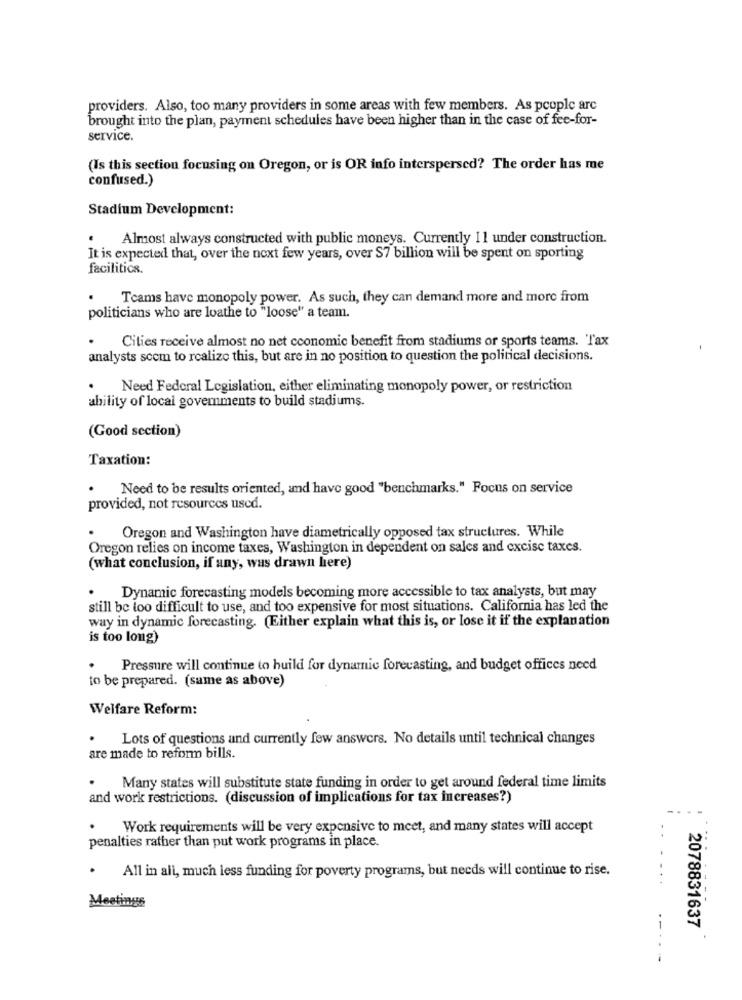
providers. Also, too many providers in some areas with few members. As people arc
brought into the plan, payment schedules have been higher than in the case of fee-for-
service.
(Is this section focusing on Oregon, or is OR info interspersed? The order has me
confused.)
Stadium Development:
.
Almost always constructed with public moneys. Currently 11 under construction.
It is expected that, over the next few years, over S7 billion will be spent on sporting
facilitios.
Teams have monopoly power. As such, they can demand more and more from
politicians who are loathe to "loose" a team.
Cities receive almost no net cconomic benefit from stadiums or sports teams. Tax
analysts scom to realize this, but are in no position to question the political decisions.
Need Federal Legislation, either eliminating monopoly power, or restriction
ability of local governments to build stadiums.
(Good section)
Taxation:
Need to be results oriented, and have good "benchmarks." Focus on service
provided, not resources used.
Oregon and Washington have diametrically opposed tax structures. While
Oregon relies on income taxes, Washington in dependent on sales and excise taxes.
(what conclusion, if any, was drawn here)
Dynamic forecasting models becoming more accessible to tax analysts, but may
still be too difficult to use, and too expensive for most situations. California has led the
way in dynamic forecasting. (Either explain what this is, or lose it if the explanation
is too long)
.
Pressure will continue to build for dynamic forecasting, and budget offices need
to be prepared. (same as above)
Welfare Reform:
.
Lots of questions and currently few answers. No details until technical changes
are made to reform bills.
Many states will substitute state funding in order to get around federal time limits
and work restrictions. (discussion of implications for tax increases?)
.
Work requirements will be very expensive to meet, and many states will accept
penalties rather than put work programs in place.
.
All in all, much less funding for poverty programs, but needs will continue to rise.
Meetings
2078831637
.-